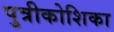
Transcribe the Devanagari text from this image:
पुत्रीकोशिका